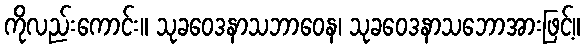
ကိုလည်းကောင်း။ သုခဝေဒနာသဘာဝေန၊ သုခဝေဒနာသဘောအားဖြင့်။